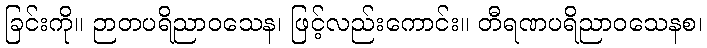
ခြင်းကို။ ဉာတပရိညာဝသေန၊ ဖြင့်လည်းကောင်း။ တီရဏပရိညာဝသေနစ၊